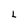
Character: L